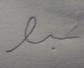
Signature authenticity: forged